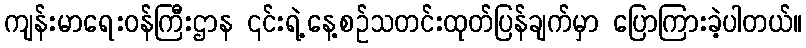
ကျန်းမာရေးဝန်ကြီးဌာန ၎င်းရဲ့နေ့စဉ်သတင်းထုတ်ပြန်ချက်မှာ ပြောကြားခဲ့ပါတယ်။